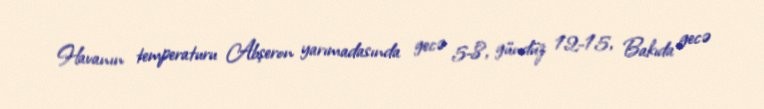
Havanın temperaturu Abşeron yarımadasında gecə 5-8, gündüz 12-15, Bakıda gecə